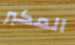
المكبر